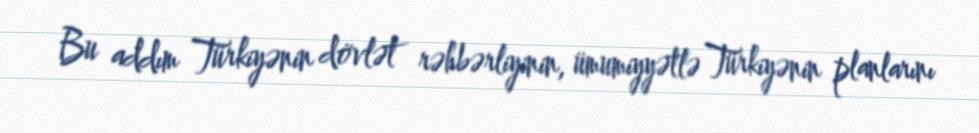
Bu addım Türkiyənin dövlət rəhbərliyinin, ümumiyyətlə Türkiyənin planlarını